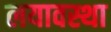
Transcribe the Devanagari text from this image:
लयावस्था